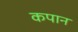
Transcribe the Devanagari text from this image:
कपान